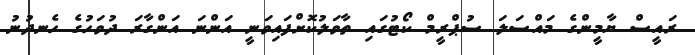
ރައީސް ޔާމީންގެ މައްސަލަ ސުޕްރީމް ކޯޓުގައި ތާވަލުކޮށްފައިވަނީ އަންނަ އަންގާރަ ދުވަހުގެ ހެނދުނު